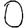
Digit: 0